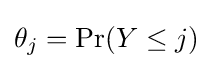
\theta _{j}=\mathrm {Pr} (Y\leq j)